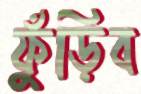
ফুঁড়িব